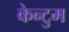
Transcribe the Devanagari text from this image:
केन्टुम